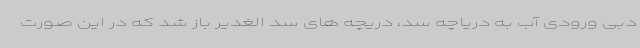
دبی ورودی آب به دریاچه سد، دریچه های سد الغدیر باز شد که در این صورت